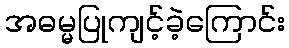
အဓမ္မပြုကျင့်ခဲ့ကြောင်း